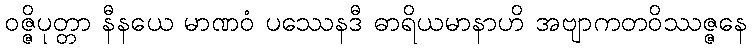
ဝဇ္ဇိပုတ္တာ နီနယေ မာဏဝံ ပဿေနဒီ ဓာရိယမာနာဟိ အဗျာကတဝိဿဇ္ဇနေ